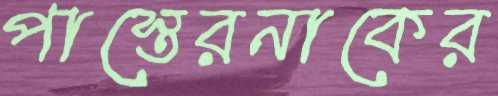
পাস্তেরনাকের